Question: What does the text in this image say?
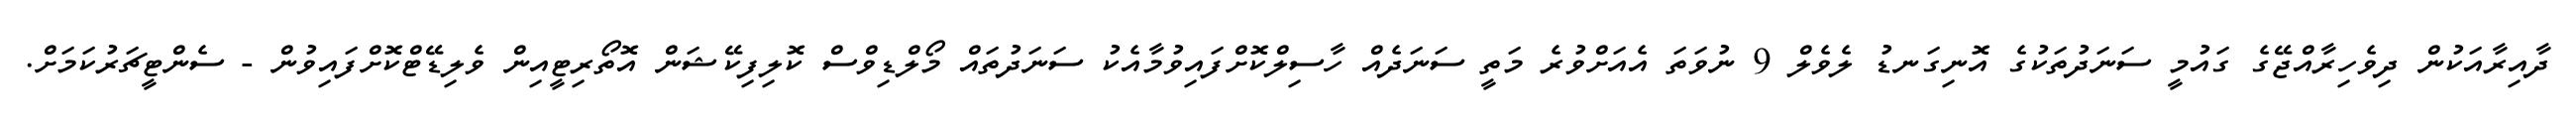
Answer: ދާއިރާއަކުން ދިވެހިރާއްޖޭގެ ގައުމީ ސަނަދުތަކުގެ އޮނިގަނޑު ލެވެލް 9 ނުވަތަ އެއަށްވުރެ މަތީ ސަނަދެއް ހާސިލްކޮށްފައިވުމާއެކު ސަނަދުތައް މޯލްޑިވްސް ކޮލިފިކޭޝަން އޮތޯރިޓީއިން ވެލިޑޭޓްކޮށްފައިވުން - ސެންޓީޗަރުކަމަށް.